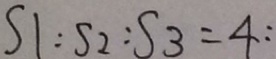
S 1 : S 2 : S 3 = 4 :